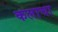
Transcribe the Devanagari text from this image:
कलाचा